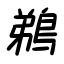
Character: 鵜